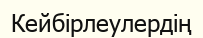
Кейбірлеулердің